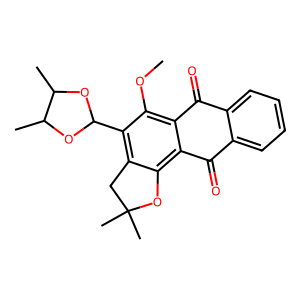
SMILES: COc1c2c(c3c(c1C1OC(C)C(C)O1)CC(C)(C)O3)C(=O)c1ccccc1C2=O
Inhibits HIV replication: No